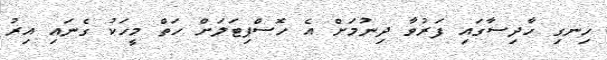
ހިނގި ހާދިސާގައި ފަރުވާ ދިނުމަށް އެ ހޮސްޕިޓަލަށް ހަތް މީހަކު ގެނައި އިރު